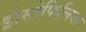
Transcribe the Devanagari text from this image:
ड्रोसोफिलिया